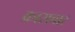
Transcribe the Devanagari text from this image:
क्रासबार